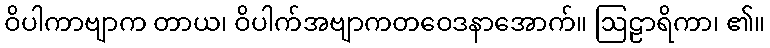
ဝိပါကာဗျာက တာယ၊ ဝိပါက်အဗျာကတဝေဒနာအောက်။ ဩဠာရိကာ၊ ၏။